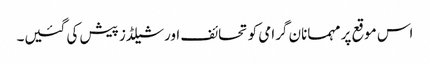
اس موقع پر مہمانان گرامی کو تحائف اور شیلڈز پیش کی گئیں۔